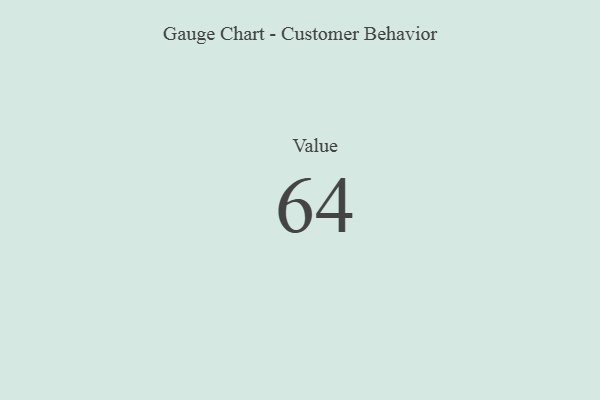
{"axis": {"x": "Metric", "y": "Value"}, "legend": [""], "data": [{"x": "Value", "y": 64, "type": ""}]}